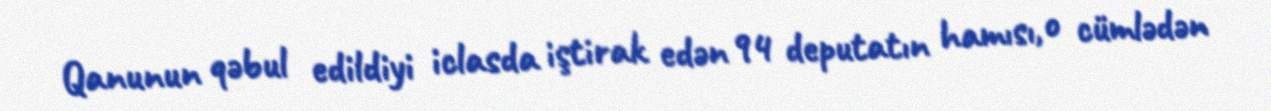
Qanunun qəbul edildiyi iclasda iştirak edən 94 deputatın hamısı, o cümlədən